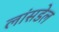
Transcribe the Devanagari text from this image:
लांसडेल